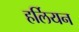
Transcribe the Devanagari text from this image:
हर्लियन